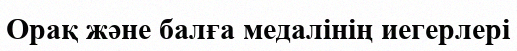
Орақ және балға медалінің иегерлері